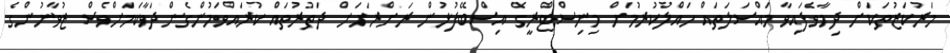
މަރުކަޒުތަކަށް ދިމާވެފައިވާ މައްސަލަތައް ހައްލުކުރުމަށް މިނިސްޓްރީގެ އިސްބޭފުޅުން ރަށްރަށަށް ދަތުރުތައް ކުރައްވަމުންގެންދަވާކަމަށްވެސް ޒުވާނުންގެ